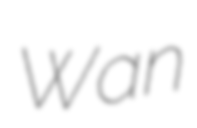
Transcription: Wan